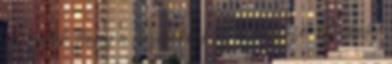
azt tudtuk, hogy a hazaiaknak ez a mérkőzés élet-halál